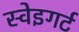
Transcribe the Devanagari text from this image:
स्वेइगर्ट